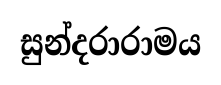
සුන්දරාරාමය